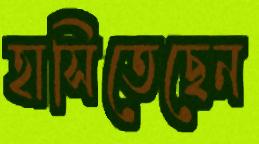
হাসিতেছেন